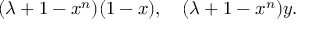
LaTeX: ( \lambda + 1 - x ^ { n } ) ( 1 - x ) , \quad ( \lambda + 1 - x ^ { n } ) y .